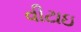
વીટાઇ